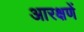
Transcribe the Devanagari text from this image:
आरक्षणें